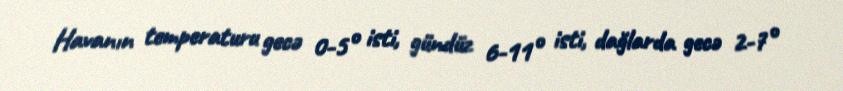
Havanın temperaturu gecə 0-5° isti, gündüz 6-11° isti, dağlarda gecə 2-7°